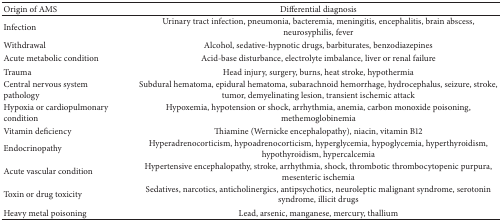
<table><thead><tr><td><b>Origin of AMS</b></td><td><b>Differential diagnosis </b></td></tr></thead><tbody><tr><td>Infection</td><td>Urinary tract infection, pneumonia, bacteremia, meningitis, encephalitis, brain abscess, neurosyphilis, fever</td></tr><tr><td>Withdrawal</td><td>Alcohol, sedative-hypnotic drugs, barbiturates, benzodiazepines</td></tr><tr><td>Acute metabolic condition</td><td>Acid-base disturbance, electrolyte imbalance, liver or renal failure</td></tr><tr><td>Trauma</td><td>Head injury, surgery, burns, heat stroke, hypothermia</td></tr><tr><td>Central nervous system pathology</td><td>Subdural hematoma, epidural hematoma, subarachnoid hemorrhage, hydrocephalus, seizure, stroke, tumor, demyelinating lesion, transient ischemic attack</td></tr><tr><td>Hypoxia or cardiopulmonary condition</td><td>Hypoxemia, hypotension or shock, arrhythmia, anemia, carbon monoxide poisoning, methemoglobinemia</td></tr><tr><td>Vitamin deficiency</td><td>Thiamine (Wernicke encephalopathy), niacin, vitamin B12</td></tr><tr><td>Endocrinopathy</td><td>Hyperadrenocorticism, hypoadrenocorticism, hyperglycemia, hypoglycemia, hyperthyroidism, hypothyroidism, hypercalcemia</td></tr><tr><td>Acute vascular condition</td><td>Hypertensive encephalopathy, stroke, arrhythmia, shock, thrombotic thrombocytopenic purpura, mesenteric ischemia</td></tr><tr><td>Toxin or drug toxicity</td><td>Sedatives, narcotics, anticholinergics, antipsychotics, neuroleptic malignant syndrome, serotonin syndrome, illicit drugs</td></tr><tr><td>Heavy metal poisoning</td><td>Lead, arsenic, manganese, mercury, thallium</td></tr></tbody></table>